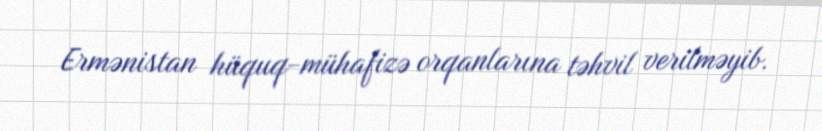
Ermənistan hüquq-mühafizə orqanlarına təhvil verilməyib.